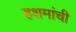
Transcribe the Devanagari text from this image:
हशमांची